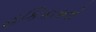
હકિકતનો